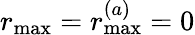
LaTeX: r_{\operatorname*{max}}=r_{\operatorname*{max}}^{(a)}=0